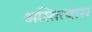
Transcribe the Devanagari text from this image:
अस्तित्वास